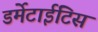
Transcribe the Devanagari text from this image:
डर्मेटाईटिस